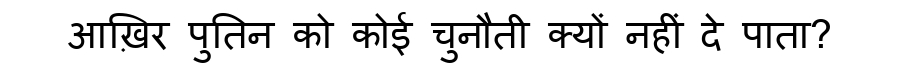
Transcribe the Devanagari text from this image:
आख़िर पुतिन को कोई चुनौती क्यों नहीं दे पाता?